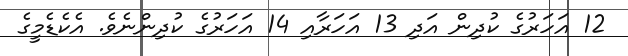
12 އަހަރުގެ ކުދިން އަދި 13 އަހަރާއި 14 އަހަރުގެ ކުދިންނެވެ. އެކެޑެމީގެ